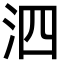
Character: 泗